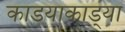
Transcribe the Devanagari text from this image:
काडयाकाड्या